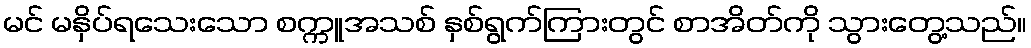
မင် မနှိပ်ရသေးသော စက္ကူအသစ် နှစ်ရွက်ကြားတွင် စာအိတ်ကို သွားတွေ့သည်။